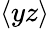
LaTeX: \langle yz\rangle